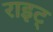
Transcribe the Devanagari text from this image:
राइट्‍